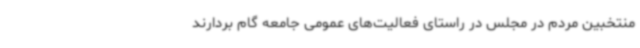
منتخبین مردم در مجلس در راستای فعالیت‌های عمومی جامعه گام بردارند